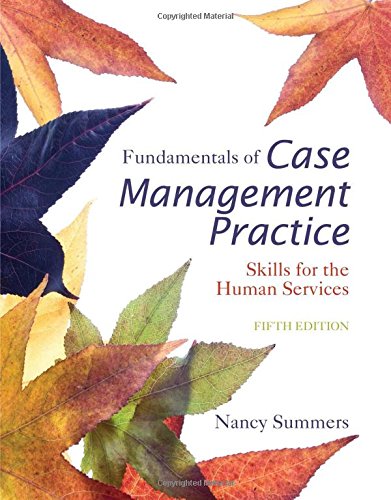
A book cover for Fundamentals of Case Management Practice: Skills for the Human Services; Nancy Summers; Engineering & Transportation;